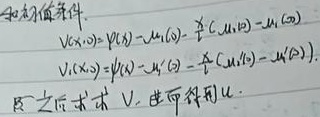
初始条件：
\[
\begin{align*}
U(x,0)&=\varphi(x)-u_{1}(0)-\frac{x}{l}(u_{2}(0)-u_{1}(0))\\
U_{t}(x,0)&=\psi(x)-u_{1}'(0)-\frac{x}{l}(u_{2}'(0)-u_{1}'(0))
\end{align*}
\]
之后先求 \(U\)，进而得到 \(u\)。